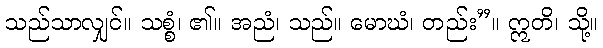
သည်သာလျှင်။ သစ္စံ၊ ၏။ အညံ၊ သည်။ မောဃံ၊ တည်း”။ ဣတိ၊ သို့။